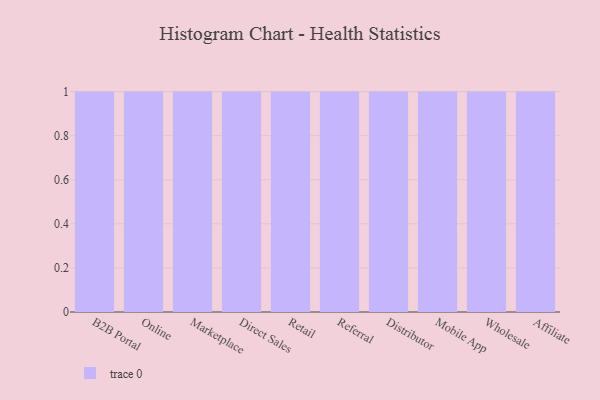
{"axis": {"x": "Channel", "y": "Population (Million)"}, "legend": [""], "data": [{"x": "B2B Portal", "y": 66, "type": ""}, {"x": "Online", "y": 81, "type": ""}, {"x": "Marketplace", "y": 7, "type": ""}, {"x": "Direct Sales", "y": 28, "type": ""}, {"x": "Retail", "y": 31, "type": ""}, {"x": "Referral", "y": 84, "type": ""}, {"x": "Distributor", "y": 56, "type": ""}, {"x": "Mobile App", "y": 72, "type": ""}, {"x": "Wholesale", "y": 48, "type": ""}, {"x": "Affiliate", "y": 78, "type": ""}]}